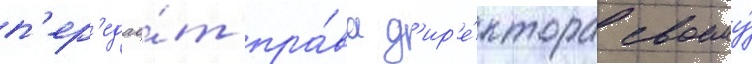
п'ер'едао́т пра́ва д'ир'е́ктора своему́